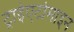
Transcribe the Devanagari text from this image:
ट्राईएटोमाइन